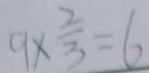
9 \times \frac { 2 } { 3 } = 6